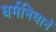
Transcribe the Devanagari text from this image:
धर्मनिधानें